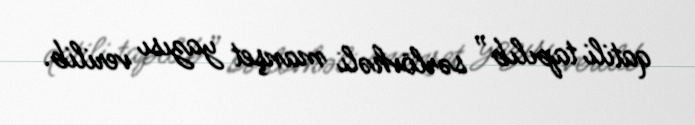
qatili tapılıb” sərlövhəli manşet yazısı verilib.